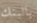
بالبنك